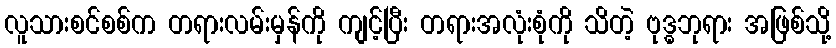
လူသားစင်စစ်က တရားလမ်းမှန်ကို ကျင့်ပြီး တရားအလုံးစုံကို သိတဲ့ ဗုဒ္ဓဘုရား အဖြစ်သို့